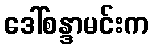
ဒေါ်စန္ဒာမင်းက